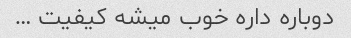
دوباره داره خوب میشه کیفیت …